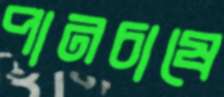
পানচাষে